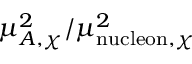
\mu _ { A , \chi } ^ { 2 } / \mu _ { \mathrm { n u c l e o n } , \chi } ^ { 2 }